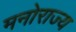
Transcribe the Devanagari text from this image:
मनोराज्य